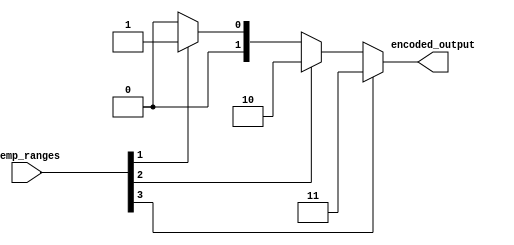
module thermal_encoder (
    input wire [3:0] temp_ranges, // 4-bit input representing temperature ranges
    output reg [1:0] encoded_output // 2-bit output for encoded temperature range
);

    always @(*) begin
        case (1'b1) // Check for active inputs in priority order
            temp_ranges[3]: encoded_output = 2'b11; // 76-100C
            temp_ranges[2]: encoded_output = 2'b10; // 51-75C
            temp_ranges[1]: encoded_output = 2'b01; // 26-50C
            temp_ranges[0]: encoded_output = 2'b00; // 0-25C
            default: encoded_output = 2'b00; // Default output when no inputs are active
        endcase
    end

endmodule